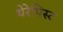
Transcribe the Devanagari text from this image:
थेरेपिस्ट